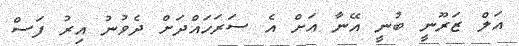
އަލް ޒަރޫނީ ބުނީ އޭނާ އަށް އެ ސަރަހައްދަށް ދެވުނު އިރު ފަސް